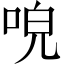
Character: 𠴡